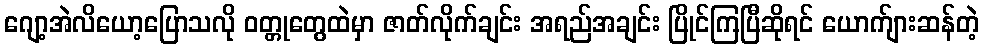
ဂျော့အဲလိယော့ပြောသလို ဝတ္တုတွေထဲမှာ ဇာတ်လိုက်ချင်း အရည်အချင်း ပြိုင်ကြပြီဆိုရင် ယောက်ျားဆန်တဲ့